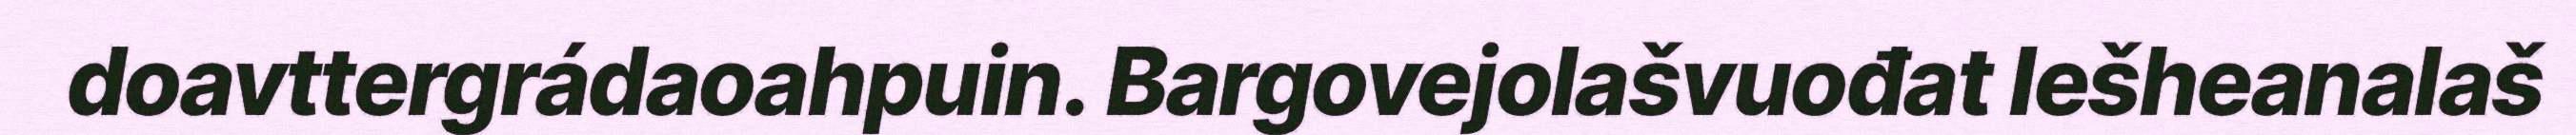
doavttergrádaoahpuin. Bargovejolašvuođat Iešheanalaš